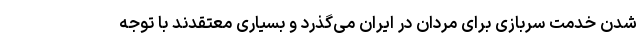
شدن خدمت سربازی برای مردان در ایران می‌گذرد و بسیاری معتقدند با توجه